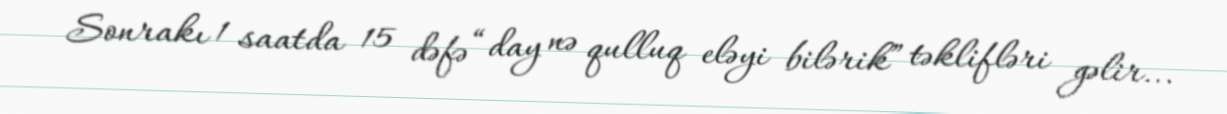
Sonrakı 1 saatda 15 dəfə “day nə qulluq eləyi bilərik” təklifləri gəlir...